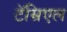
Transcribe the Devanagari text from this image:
टॅम्रिएल